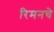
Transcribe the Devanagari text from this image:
रिमनचे